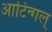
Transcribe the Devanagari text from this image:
आटिन्गल्